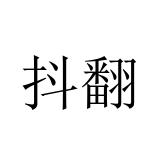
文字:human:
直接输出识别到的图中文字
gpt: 抖翻